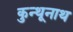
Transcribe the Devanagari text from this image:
कुन्थूनाथ